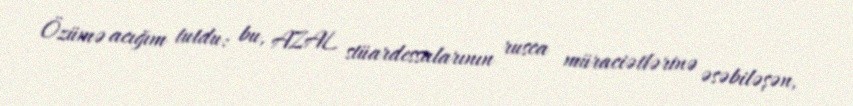
Özümə acığım tutdu: bu, AZAL stüardessalarının rusca müraciətlərinə əsəbiləşən,